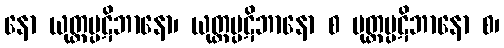
နော ယုတ္တပ္ပဋိဘာနော၊ ယုတ္တပ္ပဋိဘာနော စ မုတ္တပ္ပဋိဘာနော စ၊